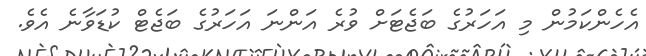
އެހެންކަމުން މި އަހަރުގެ ބަޖެޓަށް ވުރެ އަންނަ އަހަރުގެ ބަޖެޓް ކުޑަވާނެ އެވެ.